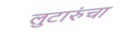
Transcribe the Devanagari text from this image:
लुटारुंचा